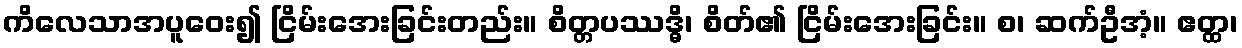
ကိလေသာအပူဝေး၍ ငြိမ်းအေးခြင်းတည်း။ စိတ္တပဿဒ္ဓိ၊ စိတ်၏ ငြိမ်းအေးခြင်း။ စ၊ ဆက်ဦအံ့။ ဧတ္ထ၊